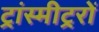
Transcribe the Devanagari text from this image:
ट्रांस्मीट्ररों